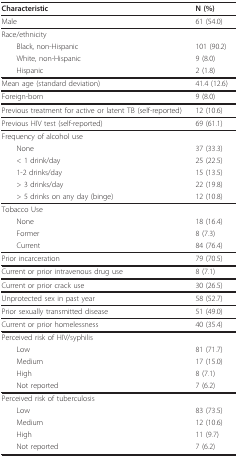
<table><thead><tr><td><b>Characteristic</b></td><td><b>N (%)</b></td></tr></thead><tbody><tr><td>Male</td><td>61 (54.0)</td></tr><tr><td>Race/ethnicity</td><td></td></tr><tr><td> Black, non-Hispanic</td><td>101 (90.2)</td></tr><tr><td> White, non-Hispanic</td><td>9 (8.0)</td></tr><tr><td> Hispanic</td><td>2 (1.8)</td></tr><tr><td>Mean age (standard deviation)</td><td>41.4 (12.6)</td></tr><tr><td>Foreign-born</td><td>9 (8.0)</td></tr><tr><td>Previous treatment for active or latent TB (self-reported)</td><td>12 (10.6)</td></tr><tr><td>Previous HIV test (self-reported)</td><td>69 (61.1)</td></tr><tr><td>Frequency of alcohol use</td><td></td></tr><tr><td> None</td><td>37 (33.3)</td></tr><tr><td> &lt; 1 drink/day</td><td>25 (22.5)</td></tr><tr><td> 1-2 drinks/day</td><td>15 (13.5)</td></tr><tr><td> &gt; 3 drinks/day</td><td>22 (19.8)</td></tr><tr><td> &gt; 5 drinks on any day (binge)</td><td>12 (10.8)</td></tr><tr><td>Tobacco Use</td><td></td></tr><tr><td> None</td><td>18 (16.4)</td></tr><tr><td> Former</td><td>8 (7.3)</td></tr><tr><td> Current</td><td>84 (76.4)</td></tr><tr><td>Prior incarceration</td><td>79 (70.5)</td></tr><tr><td>Current or prior intravenous drug use</td><td>8 (7.1)</td></tr><tr><td>Current or prior crack use</td><td>30 (26.5)</td></tr><tr><td>Unprotected sex in past year</td><td>58 (52.7)</td></tr><tr><td>Prior sexually transmitted disease</td><td>51 (49.0)</td></tr><tr><td>Current or prior homelessness</td><td>40 (35.4)</td></tr><tr><td>Perceived risk of HIV/syphilis</td><td></td></tr><tr><td> Low</td><td>81 (71.7)</td></tr><tr><td> Medium</td><td>17 (15.0)</td></tr><tr><td> High</td><td>8 (7.1)</td></tr><tr><td> Not reported</td><td>7 (6.2)</td></tr><tr><td>Perceived risk of tuberculosis</td><td></td></tr><tr><td> Low</td><td>83 (73.5)</td></tr><tr><td> Medium</td><td>12 (10.6)</td></tr><tr><td> High</td><td>11 (9.7)</td></tr><tr><td> Not reported</td><td>7 (6.2)</td></tr></tbody></table>